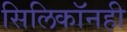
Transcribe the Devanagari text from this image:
सिलिकॉनही